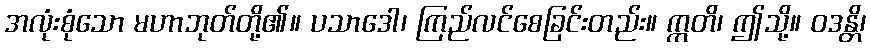
အလုံးစုံသော မဟာဘုတ်တို့၏။ ပသာဒေါ၊ ကြည်လင်စေခြင်းတည်း။ ဣတိ၊ ဤသို့။ ဝဒန္တိ၊